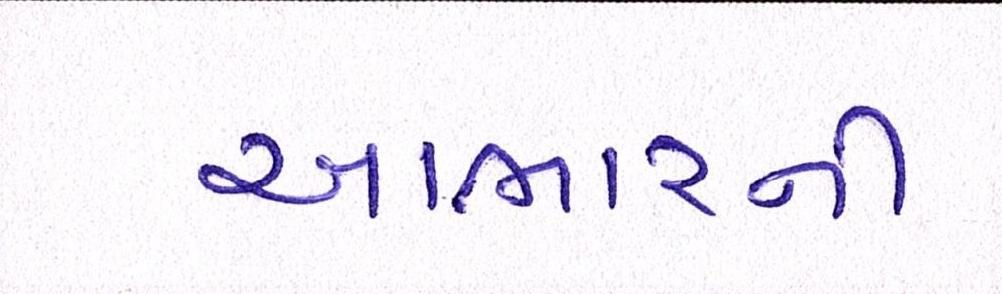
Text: આભારની